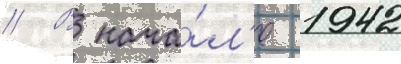
// В нача́л'е 1942